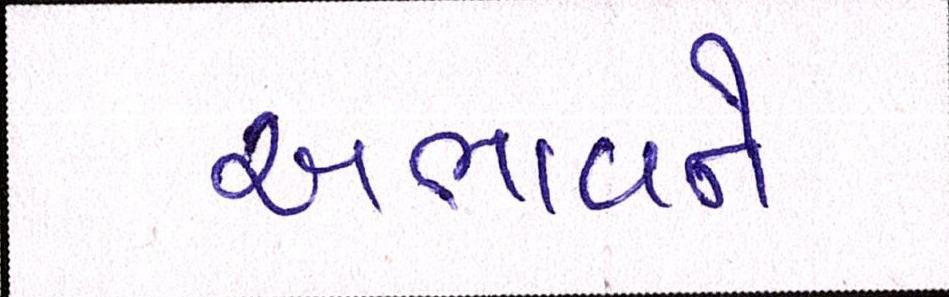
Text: અભાવને